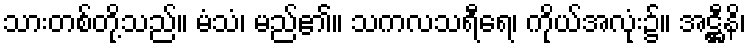
သားတစ်တို့သည်။ မံသံ၊ မည်၏။ သကလသရီရေ၊ ကိုယ်အလုံး၌။ အဋ္ဌီနိ၊